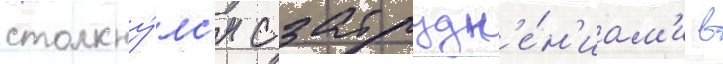
столкну́лс'я с затрудн'е́н'иам'и в